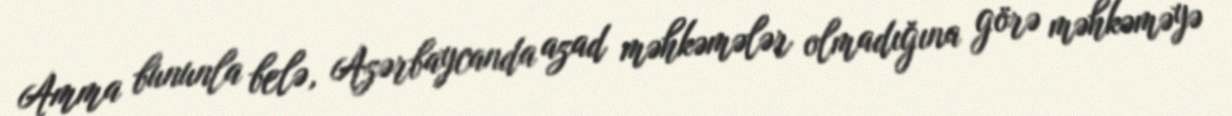
Amma bununla belə, Azərbaycanda azad məhkəmələr olmadığına görə məhkəməyə